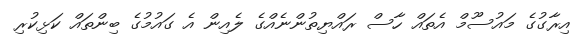
އިރާގުގެ މައުސޫމް އެތައް ހާސް ރައްޔިތުންނެއްގެ ލެއިން އެ ގައުމުގެ ބިންތައް ކަޅިކުރި